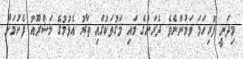
މިދަނީ ފުރިހަމަ ވަމުންނެވެ. ދެރަށުގެ މައި މަގުތަކުގައި ތާރު އެޅުމުގެ މަޝްރޫއު ފެށުމަށް